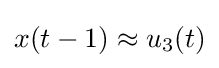
x(t-1)\approx u_{3}(t)